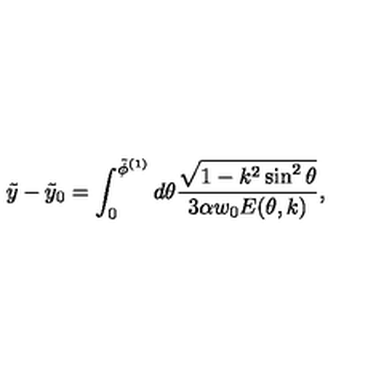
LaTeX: \tilde { y } - \tilde { y } _ { 0 } = \int _ { 0 } ^ { \tilde { \phi } ^ { ( 1 ) } } d \theta { \frac { \sqrt { 1 - k ^ { 2 } \sin ^ { 2 } \theta } } { 3 \alpha w _ { 0 } E ( \theta , k ) } } ,